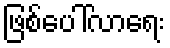
ဖြစ်ပေါ်လာရေး